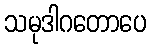
သမုဒါဂတောပေ